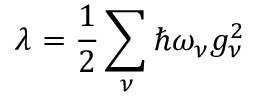
\lambda = \frac { 1 } { 2 } \sum _ { \nu } \hbar \omega _ { \nu } g _ { \nu } ^ { 2 }